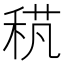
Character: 𥟌